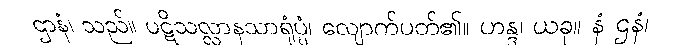
ဌာနံ၊ သည်။ ပဋိသလ္လာနသာရုံပ္ပံ၊ လျောက်ပတ်၏။ ဟန္ဒ၊ ယခု။ နံ ဌနံ၊